Rangoon Lunatic Asylum 1893-1897 - 1893-1897
Year: 1893
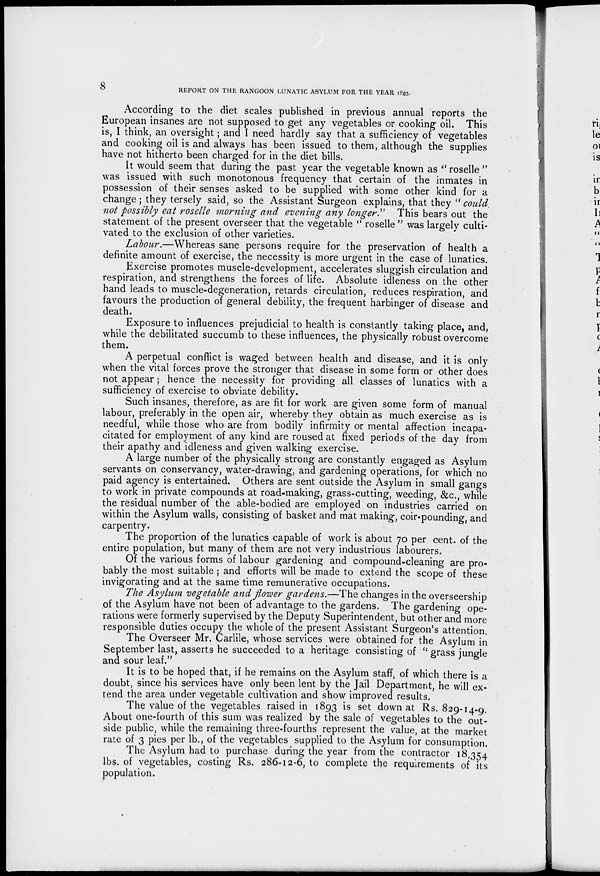
8
REPORT ON THE RANGOON LUNATIC ASYLUM FOR THE YEAR 1893.
According to the diet scales published in previous annual reports the
European insanes are not supposed to get any vegetables or cooking oil. This
is, I think, an oversight; and I need hardly say that a sufficiency of vegetables
and cooking oil is and always has been issued to them, although the supplies
have not hitherto been charged for in the diet bills.
It would seem that during the past year the vegetable known as " roselle "
was issued with such monotonous frequency that certain of the inmates in
possession of their senses asked to be supplied with some other kind for a
change ; they tersely said, so the Assistant Surgeon explains, that they " could.
not possibly eat roselle morning and evening any longer." This bears out the
statement of the present overseer that the vegetable " roselle " was largely culti-
vated to the exclusion of other varieties.
Labour.—Whereas sane persons require for the preservation of health a
definite amount of exercise, the necessity is more urgent in the case of lunatics.
Exercise promotes muscle-development, accelerates sluggish circulation and
respiration, and strengthens the forces of life. Absolute idleness on the other
hand leads to muscle-degeneration, retards circulation, reduces respiration, and
favours the production of general debility, the frequent harbinger of disease and
death.
Exposure to influences prejudicial to health is constantly taking place, and,
while the debilitated succumb to these influences, the physically robust overcome
them.
A perpetual conflict is waged between health and disease, and it is only
when the vital forces prove the stronger that disease in some form or other does
not appear ; hence the necessity for providing all classes of lunatics with a
sufficiency of exercise to obviate debility.
Such insanes, therefore, as are fit for work are given some form of manual
labour, preferably in the open air, whereby they obtain as much exercise as is
needful, while those who are from bodily infirmity or mental affection incapa-
citated for employment of any kind are roused at fixed periods of the day from
their apathy and idleness and given walking exercise.
A large number of the physically strong are constantly engaged as Asylum
servants on conservancy, water-drawing, and gardening operations, for which no
paid agency is entertained. Others are sent outside the Asylum in small gangs
to work in private compounds at road-making, grass-cutting, weeding, &c., while
the residual number of the able-bodied are employed on industries carried on
within the Asylum walls, consisting of basket and mat making, coir-pounding, and
carpentry.
The proportion of the lunatics capable of work is about 70 per cent. of the
entire population, but many of them are not very industrious labourers.
Of the various forms of labour gardening and compound-cleaning are pro-
bably the most suitable ; and efforts will be made to extend the scope of these
invigorating and at the same time remunerative occupations.
The Asylum vegetable and flower gardens.—The changes in the overseership
of the Asylum have not been of advantage to the gardens. The gardening ope-
rations were formerly supervised by the Deputy Superintendent, but other and more
responsible duties occupy the whole of the present Assistant Surgeon's attention.
The Overseer Mr, Carlile, whose services were obtained for the Asylum in
September last, asserts he succeeded to a heritage consisting of " grass jungle
and sour leaf."
It is to be hoped that, if he remains on the Asylum staff, of which there is a
doubt, since his services have only been lent by the Jail Department, he will ex-
tend the area under vegetable cultivation and show improved results.
The value of the vegetables raised in 1893 is set down at Rs. 829-14-9.
About one-fourth of this sum was realized by the sale of vegetables to the out-
side public, while the remaining three-fourths represent the value, at the market
rate of 3 pies per lb., of the vegetables supplied to the Asylum for consumption.
The Asylum had to purchase during the year from the contractor 18,354
lbs. of vegetables, costing Rs. 286-12-6, to complete the requirements of its
population.